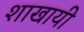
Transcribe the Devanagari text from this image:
शाखायी